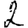
Digit: 2